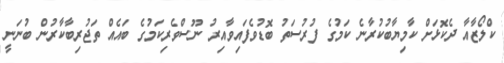
ކްލޯޒާއާ ދެކޮޅަށް ކާމިޔާބުކުރާނެ ކަމުގެ ފުރުސަތު ބޮޑުވެފައިވާއިރު ނޫސްވެރިކަމުގެ ބައެއް ތަޖުރިބާކާރުން ބުނަނީ